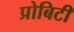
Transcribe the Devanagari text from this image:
प्रोबिटी